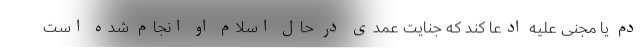
دم یا مجنی علیه ادعا کند که جنایت عمدی در حال اسلام او انجام شده است